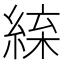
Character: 𦁛